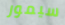
سيمور